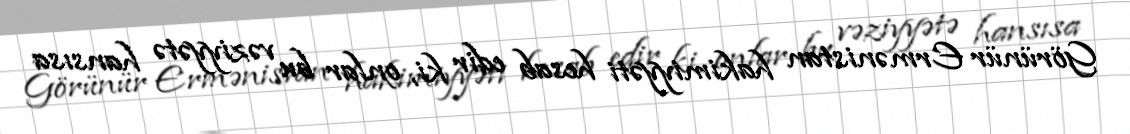
Görünür Ermənistan hakimiyyəti hesab edir ki, onlar bu vəziyyətə hansısa